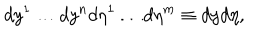
d y ^ { 1 } \dots d y ^ { n } d \eta ^ { 1 } \dots d \eta ^ { m } \equiv d y d \eta ,